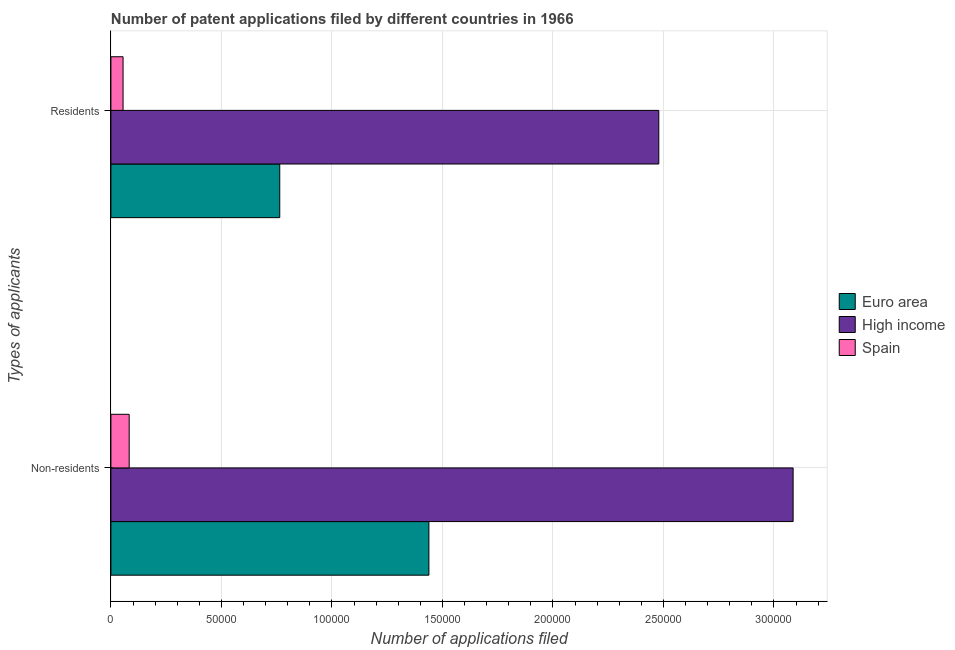
| Types of applicants | Euro area | High income | Spain |
 | --- | --- | --- | --- |
 | Non-residents | 1.44e+05 | 3.09e+05 | 8.27e+03 |
 | Residents | 7.64e+04 | 2.48e+05 | 5.5e+03 |